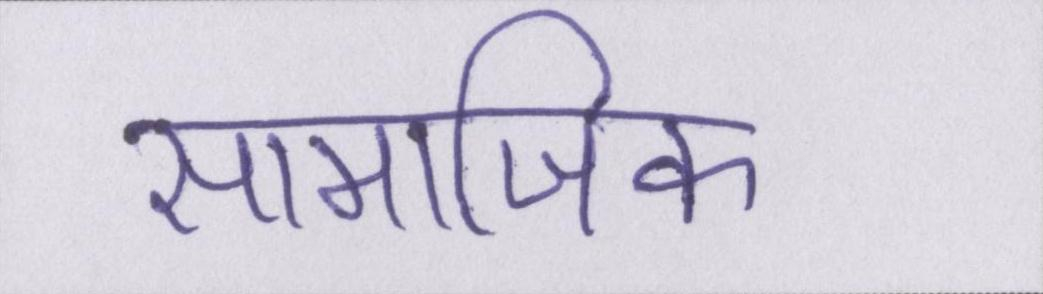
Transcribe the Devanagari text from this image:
सामाजिक